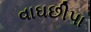
વાઘછીપા